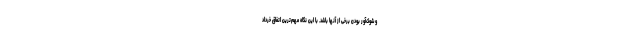
و شوک‌آور بودن برخی از آنها باشد. با این نگاه مهم‌ترین اتفاق خرداد